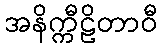
အနိက္ကီဠိတာဝီ